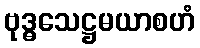
ဗုဒ္ဓသေဋ္ဌမယာစဟံ